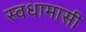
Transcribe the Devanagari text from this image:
स्वधामासी